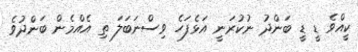
ކީއްވެ ޑީ ޑީ ބަންދު ނުކުރަނީ އަޅެފަހެ ވިސްނަބަލަ ތި އެއްމެން ބަންދުވެ